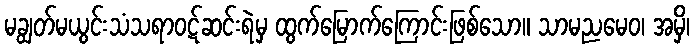
မချွတ်မယွင်းသံသရာဝဋ်ဆင်းရဲမှ ထွက်မြောက်ကြောင်းဖြစ်သော။ သာမညမေဝ၊ အမှိ၊